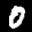
Label: 0